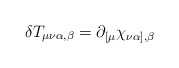
\begin{align*}\delta T_{\mu\nu\alpha,\beta} = \partial_{[\mu}\chi_{\nu\alpha],\beta}\end{align*}